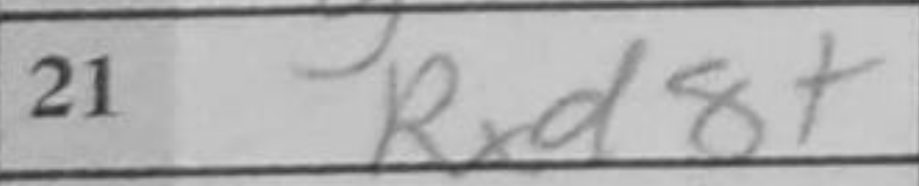
Transcription: Rxd8+